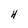
Character: H